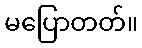
မပြောတတ်။